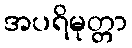
အပရိမုတ္တာ